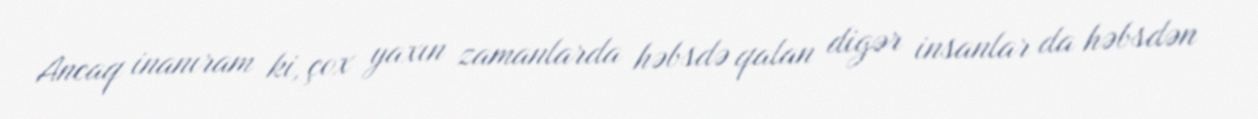
Ancaq inanıram ki, çox yaxın zamanlarda həbsdə qalan digər insanlar da həbsdən